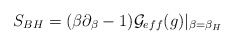
\begin{align*}S_{BH}=(\beta\partial_\beta-1){\cal G}_{eff} (g)|_{\beta=\beta_H}\end{align*}